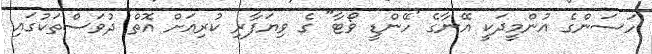
ހަސަންގެ އުންމީދަކީ އޭނާގެ 'ހޭންޑީ ވޯޓާ" ގެ ވިޔަފާރި ކުރިއަށް އޮތް ދުވަސްތަކުގައި